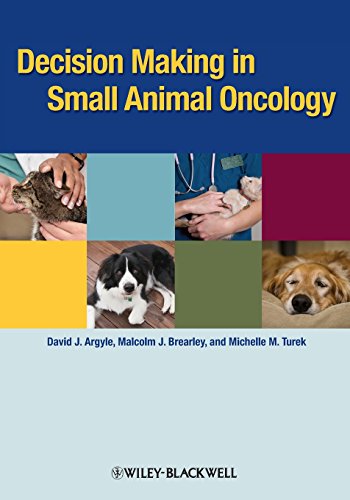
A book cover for Decision Making in Small Animal Oncology; Medical Books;